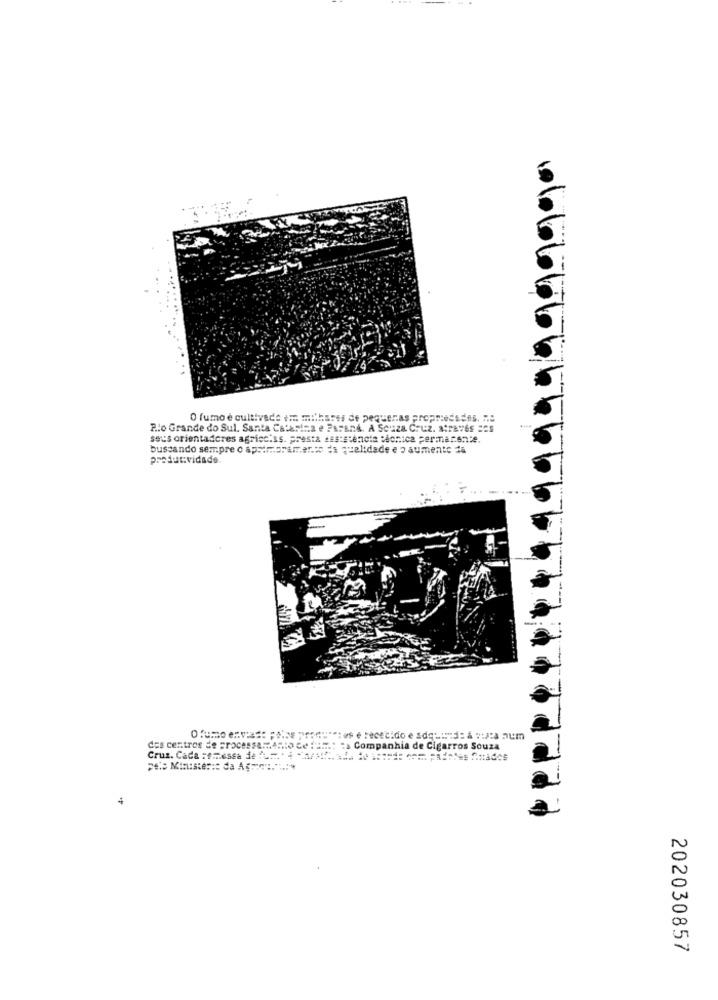
999990
O fumo e cultivado e: milhares de pequenas propriedades. no
P.lo Grande do Sul. Santa Catarina e FATEDA. A Souza Cruz. através ECS
seus orientadores agriec.ss. presta ses:stenote :ionica permanence.
buscando sempre o aprimoramento da qualidade e o aumento da
produtividade.
O fumo enviado polas produtos é recebido e adquide & vizca num
dos centros de processamento
Companhia de Cigarros Souza
Pes Minister :: da Age :. ...
202030857